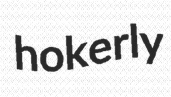
hokerly